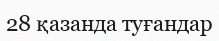
28 қазанда туғандар